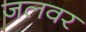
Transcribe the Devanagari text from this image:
जलवर